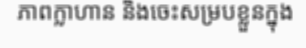
ភាពក្លាហាន និងចេះសម្របខ្លួនក្នុង